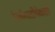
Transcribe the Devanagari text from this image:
रेल्वेगाडीपेक्षाही